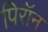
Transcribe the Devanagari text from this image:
पिरॉन